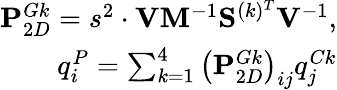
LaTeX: \begin{array}{r}{\mathbf{P}_{2D}^{Gk}=s^{2}\cdot\mathbf{V}\mathbf{M}^{-1}\mathbf{S}^{(k)^{T}}\mathbf{V}^{-1},}\\ {q_{i}^{P}=\sum_{k=1}^{4}\left(\mathbf{P}_{2D}^{Gk}\right)_{ij}q_{j}^{Ck}}\end{array}